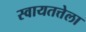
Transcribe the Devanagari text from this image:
स्वायतत्तेला